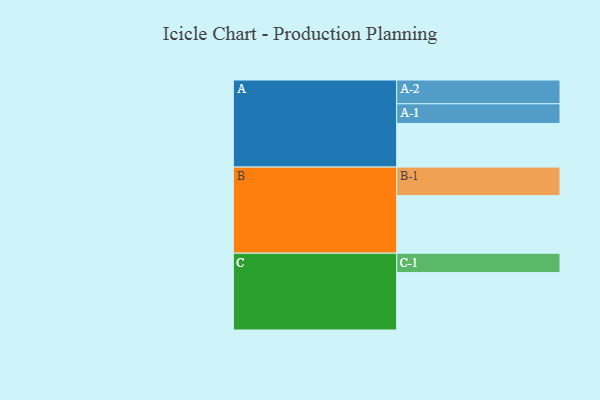
{"axis": {"x": "Segment", "y": "Value"}, "legend": ["", "A", "B", "C"], "data": [{"x": "A", "y": 415, "type": ""}, {"x": "B", "y": 548, "type": ""}, {"x": "C", "y": 546, "type": ""}, {"x": "A-1", "y": 187, "type": "A"}, {"x": "A-2", "y": 226, "type": "A"}, {"x": "B-1", "y": 271, "type": "B"}, {"x": "C-1", "y": 184, "type": "C"}]}